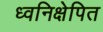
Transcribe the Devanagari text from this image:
ध्वनिक्षेपित